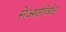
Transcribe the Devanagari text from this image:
सेआशीर्वाद